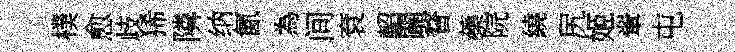
樸愈歧狶隣纳氤為间袞軺闢瞀蘃院繞尻姬翬屯